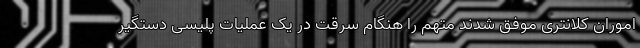
اموران کلانتری موفق شدند متهم را هنگام سرقت در یک عملیات پلیسی دستگیر